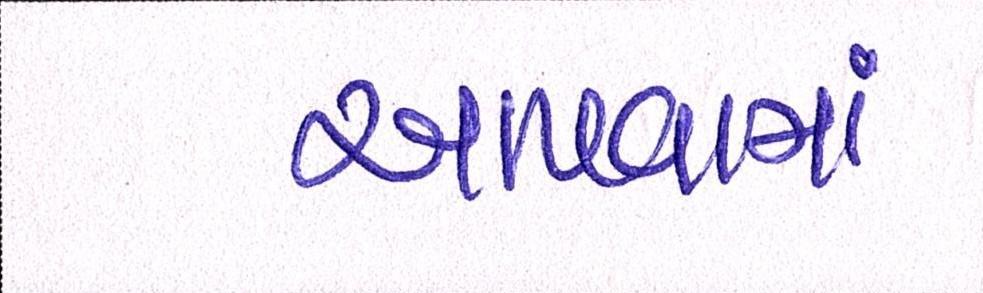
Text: આપવામા